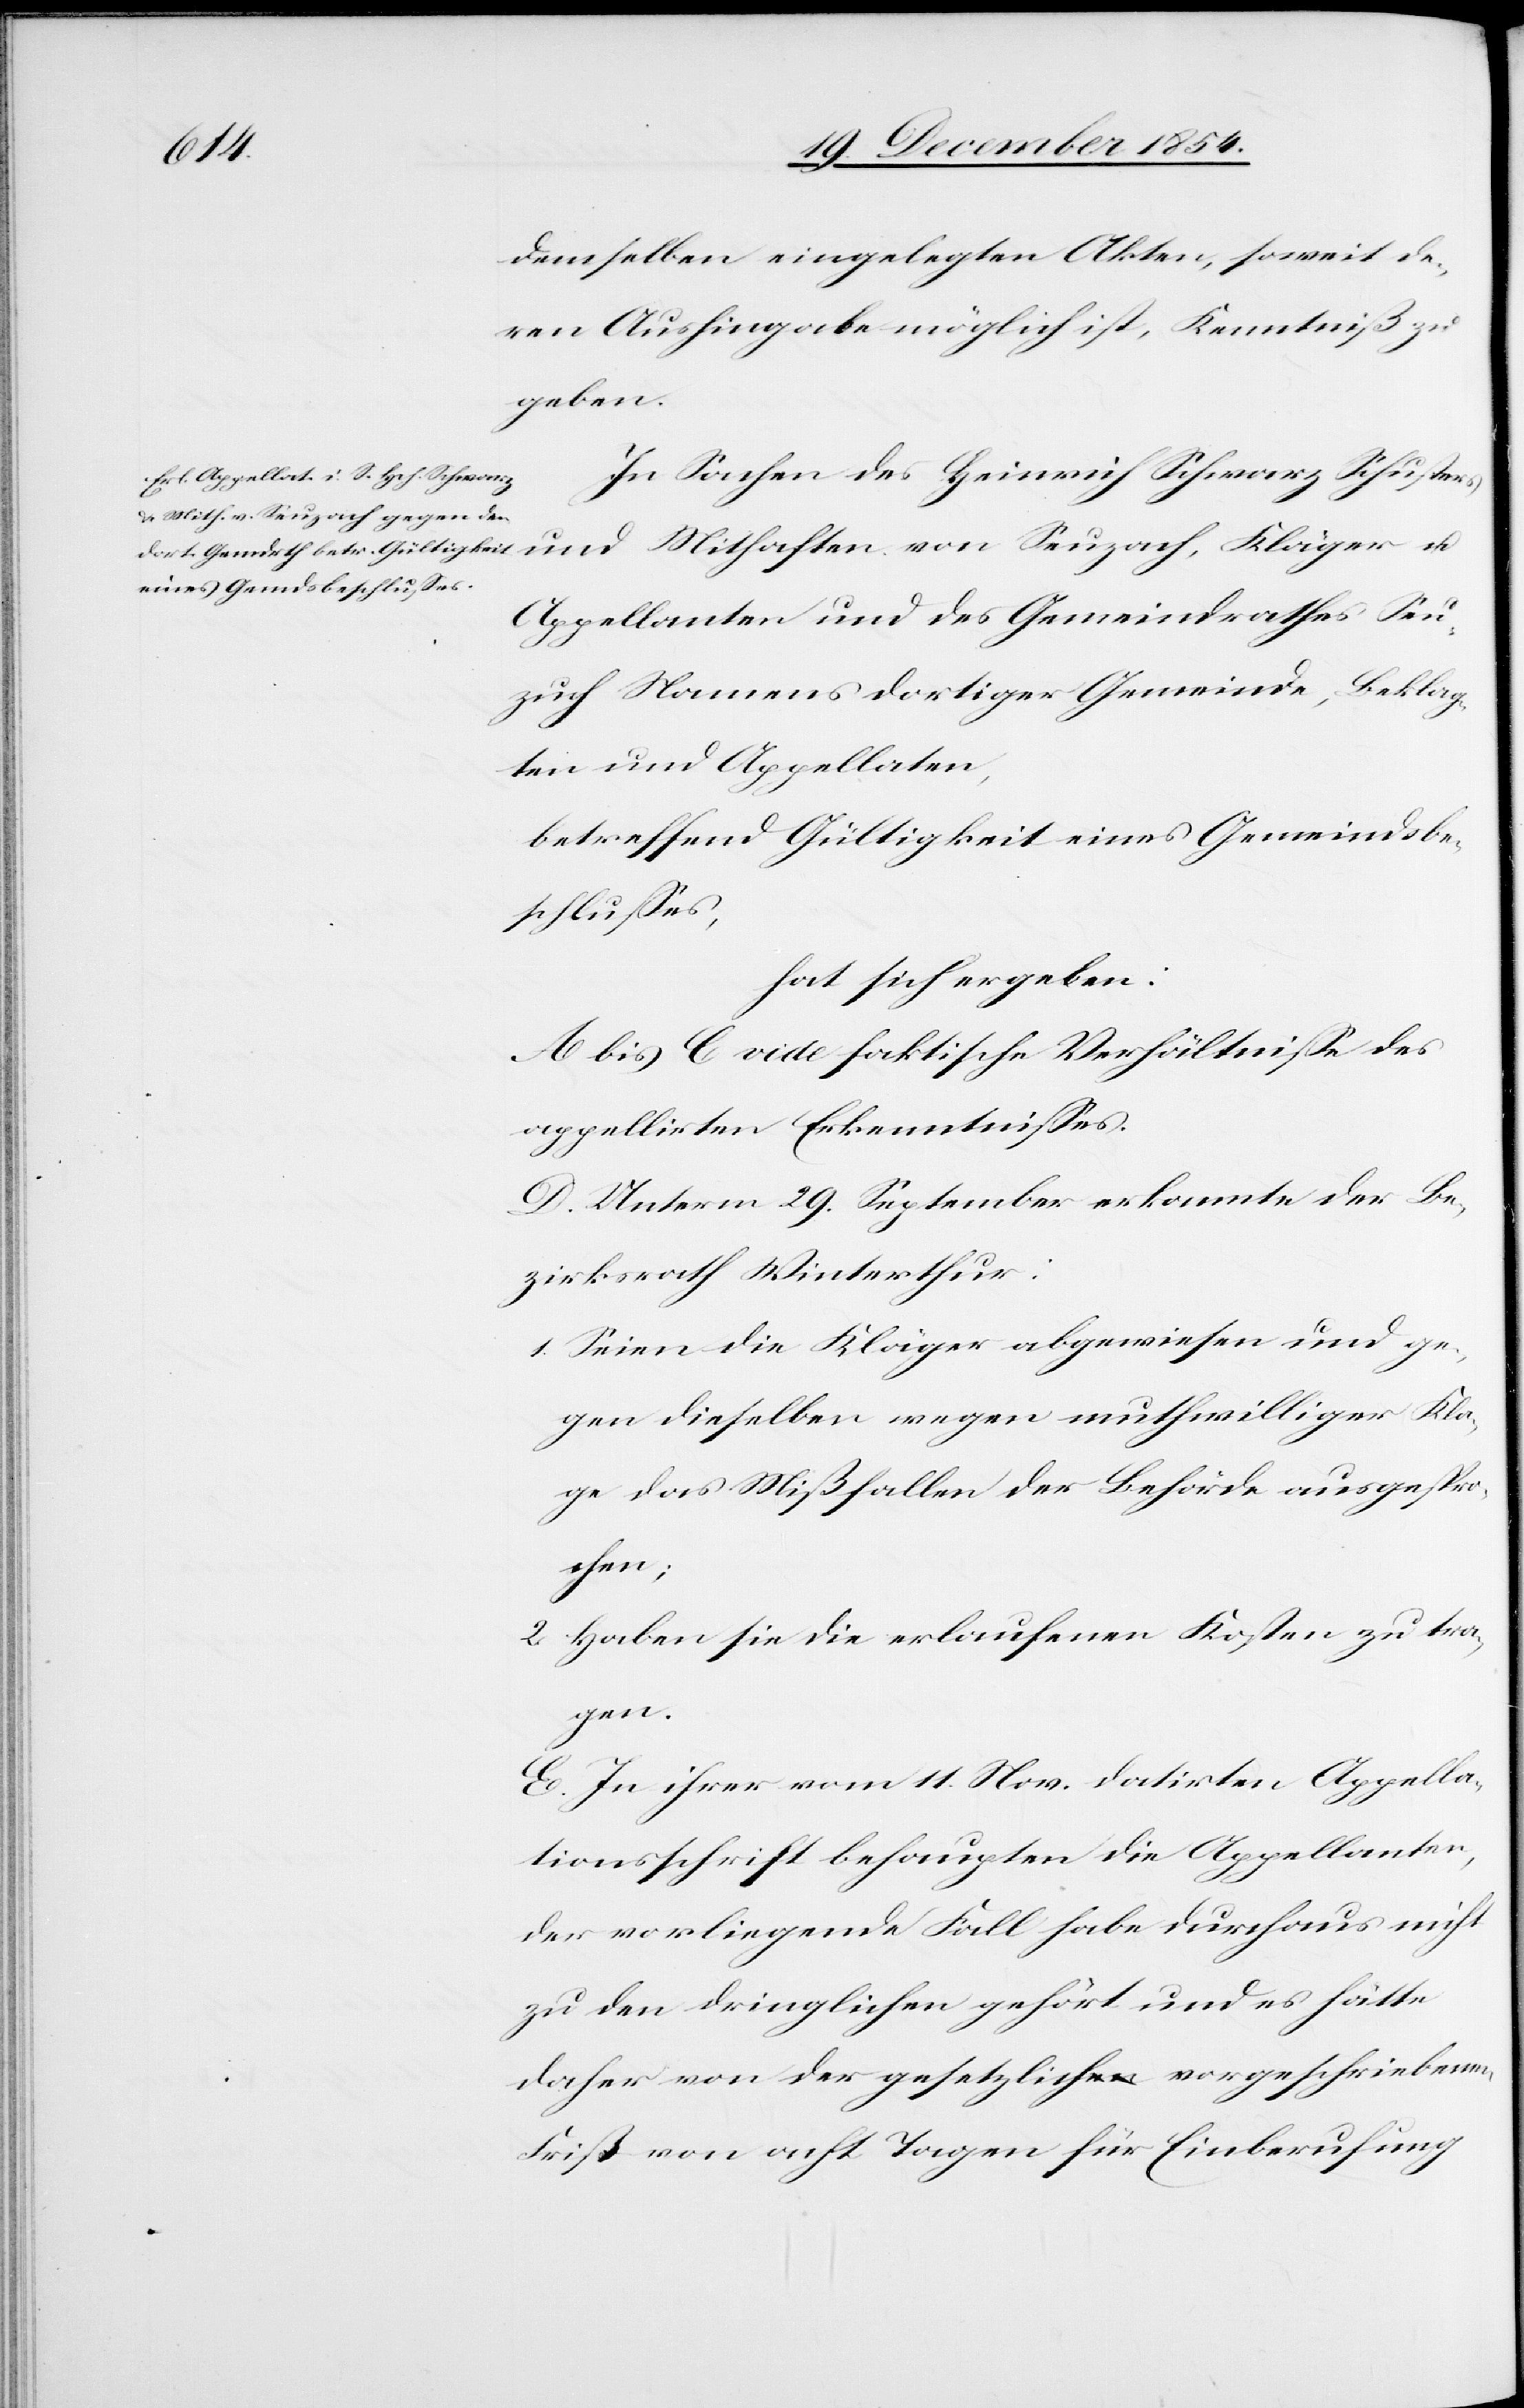
demselben eingelegten Akten, soweit de¬
ren Aushingabe möglich ist, Kenntniß zu
geben.
In Sachen des Heinrich Schwarz Schusters
Appellanten und des Gemeindrathes Seu¬
zach Namens dortiger Gemeinde, Beklag¬
ten und Appellaten,
betreffend Gültigkeit eines Gemeindsbe¬
schlußes,
hat sich ergeben:
A bis C vide faktische Verhältniße des
appellirten Erkenntnißes.
D. Unterm 29. September erkannte der Be¬
zirksrath Winterthur:
1. Seien die Kläger abgewiesen und ge¬
gen dieselben wegen muthwilliger Kla¬
ge das Mißfallen der Behörde ausgespr¬
ochen;
2. Haben sie die erlaufenen Kosten zu tra¬
gen.
E. In ihrer vom 11. Nov. datirten Appella¬
tionsschrift behaupten die Appellanten,
der vorliegende Fall habe durchaus nicht
zu den dringlichen gehört und es hätte
daher von der gesetzlich vorgeschriebenen
Frist von acht Tagen für Einberufung